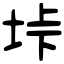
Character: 垰